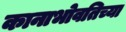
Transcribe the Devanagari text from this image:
कानाभोवतिच्या